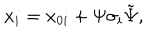
x _ { i } = x _ { 0 i } + \Psi \sigma _ { i } \tilde { \Psi } ,